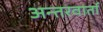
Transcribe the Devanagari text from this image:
अन्तरवार्ता